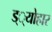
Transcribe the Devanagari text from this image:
ड््योहार